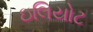
ઇલિયોટ